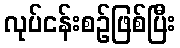
လုပ်ငန်းစဉ်ဖြစ်ပြီး